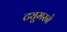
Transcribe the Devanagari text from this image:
ट्यूमरने